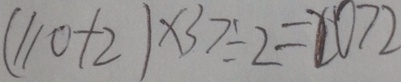
( 1 1 0 + 2 ) \times 3 7 \div 2 = 2 0 7 2